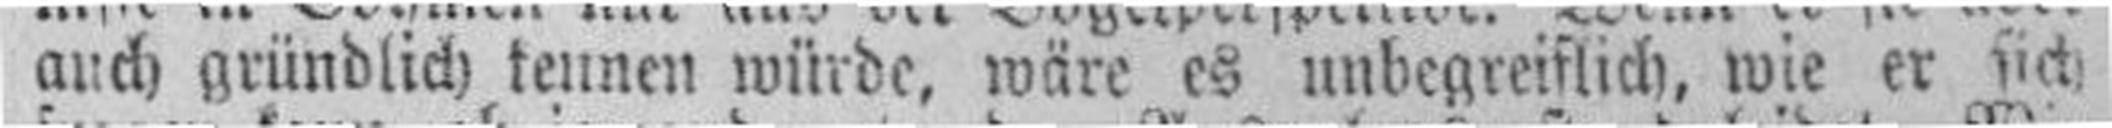
auch gründlich teunen würde, wäre es unbegreiflich, wie er sick